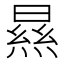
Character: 㬎